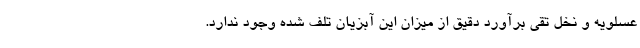
عسلویه و نخل تقی برآورد دقیق از میزان این آبزیان تلف شده وجود ندارد.